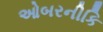
ઓબરનીકિ